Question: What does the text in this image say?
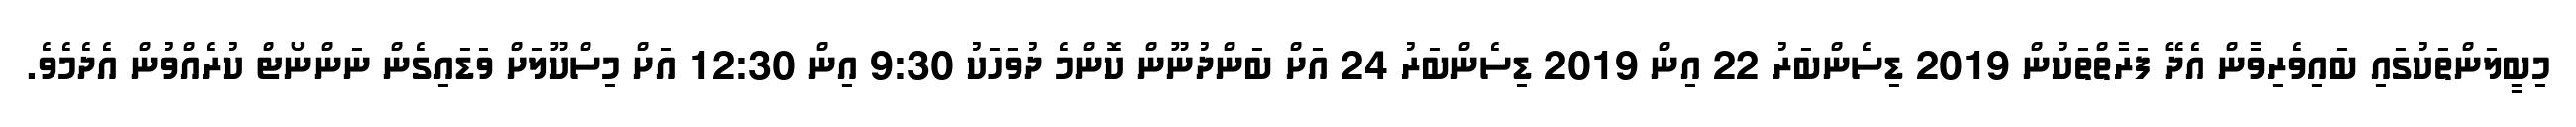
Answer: މިބީލަންތަކުގައި ބައިވެރިވާން އެދޭ ފަރާތްތަކުން 2019 ޑިސެންބަރު 22 އިން 2019 ޑިސެންބަރު 24 އަށް ބަންދުނޫން ކޮންމެ ދުވަހަކު 9:30 އިން 12:30 އަށް މިސްކޫލަށް ވަޑައިގެން ނަންނޯޓް ކުރެއްވުން އެދެމެވެ.